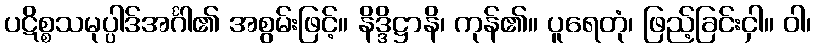
ပဋိစ္စသမုပ္ပါဒ်အင်္ဂါ၏ အစွမ်းဖြင့်။ နိဒ္ဒိဋ္ဌာနိ၊ ကုန်၏။ ပူရေတုံ၊ ဖြည့်ခြင်းငှါ။ ဝါ၊